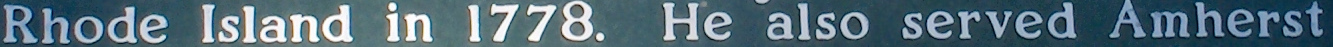
Rhode Island in 1778. He also served Amherst